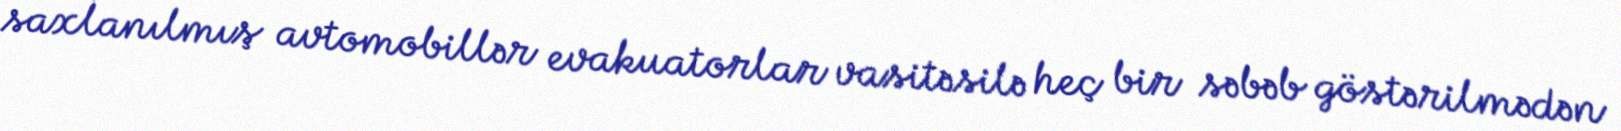
saxlanılmış avtomobillər evakuatorlar vasitəsilə heç bir səbəb göstərilmədən